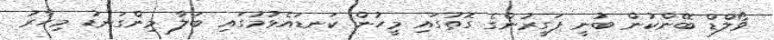
ވޯލްޑް ބޭންކުން ބުނީ ފަގީރުންގެ ގޮތުގައި މީހުން ކަނޑައެޅުމުގައި ބަލާ މިންގަނޑު މިހާރު